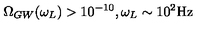
\Omega _ { G W } ( \omega _ { L } ) > 1 0 ^ { - 1 0 } , \omega _ { L } \sim 1 0 ^ { 2 } \mathrm { H z }